Report on enteric fever
Disease focus: Fever
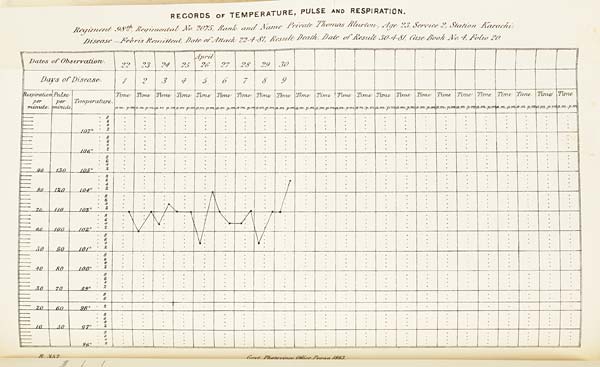
RECORDS OF TEMPERATURE, PULSE AND RESPIRATION.
Regiment 98 th Regimental No. 2075, Rank and Name Private Thomas Blurton, Age 23, Service 2, Station Karachi.
Disease - Febris Remittent, Date of Attack 22-4-81, Result Death, Date of Result 30-4-81, Case Book No. 4, Folio 20.
B.
357.
Govt. Photozinco: Office, Poona 1883.